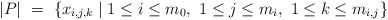
LaTeX: \begin{align*}\begin{minipage}[c]{35pc}$|P|\ =\ \{x_{i,j,k}\mid 1\leq i\leq m_0,\ 1\leq j\leq m_i,\ 1\leq k\leq m_{i,j}\}$\end{minipage}\end{align*}